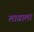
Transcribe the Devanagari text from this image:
लावाला